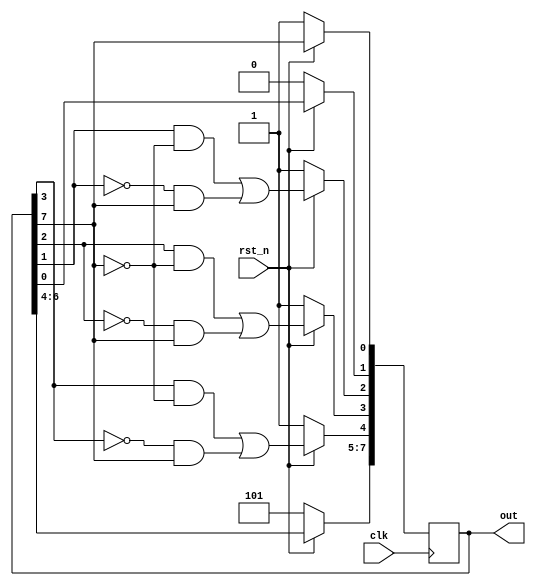
`timescale 1ns/1ps

module One_TO_Many_LFSR(clk, rst_n, out);
input clk;
input rst_n;
output [7:0] out;
reg [7:0] dff;

    always @(posedge clk)begin
        if(rst_n == 1'b0)begin
            dff <= 8'b10111101; 
        end
        else begin
            dff[7:5] <= dff[6:4];
            dff[4] <= (dff[3] & ~dff[7])|(~dff[3] & dff[7]);
            dff[3] <= (dff[2] & ~dff[7])|(~dff[2] & dff[7]);
            dff[2] <= (dff[1] & ~dff[7])|(~dff[1] & dff[7]);
            dff[1] <= dff[0];
            dff[0] <= dff[7];
        end
    end
    assign out = dff;
endmodule